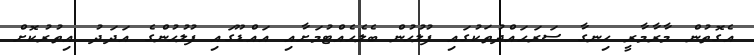
އެގޮތުން މާރާމާރީ ހިނގާ ސަރަހައްދުތަކުގައި ފުލުހުން ބެލެހެއްޓުމަށާއި އައްޑޫގައި ފުލުހުންގެ އަދަދު އިތުރުކޮށް